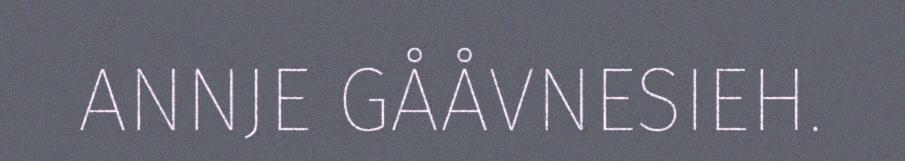
ANNJE GÅÅVNESIEH.